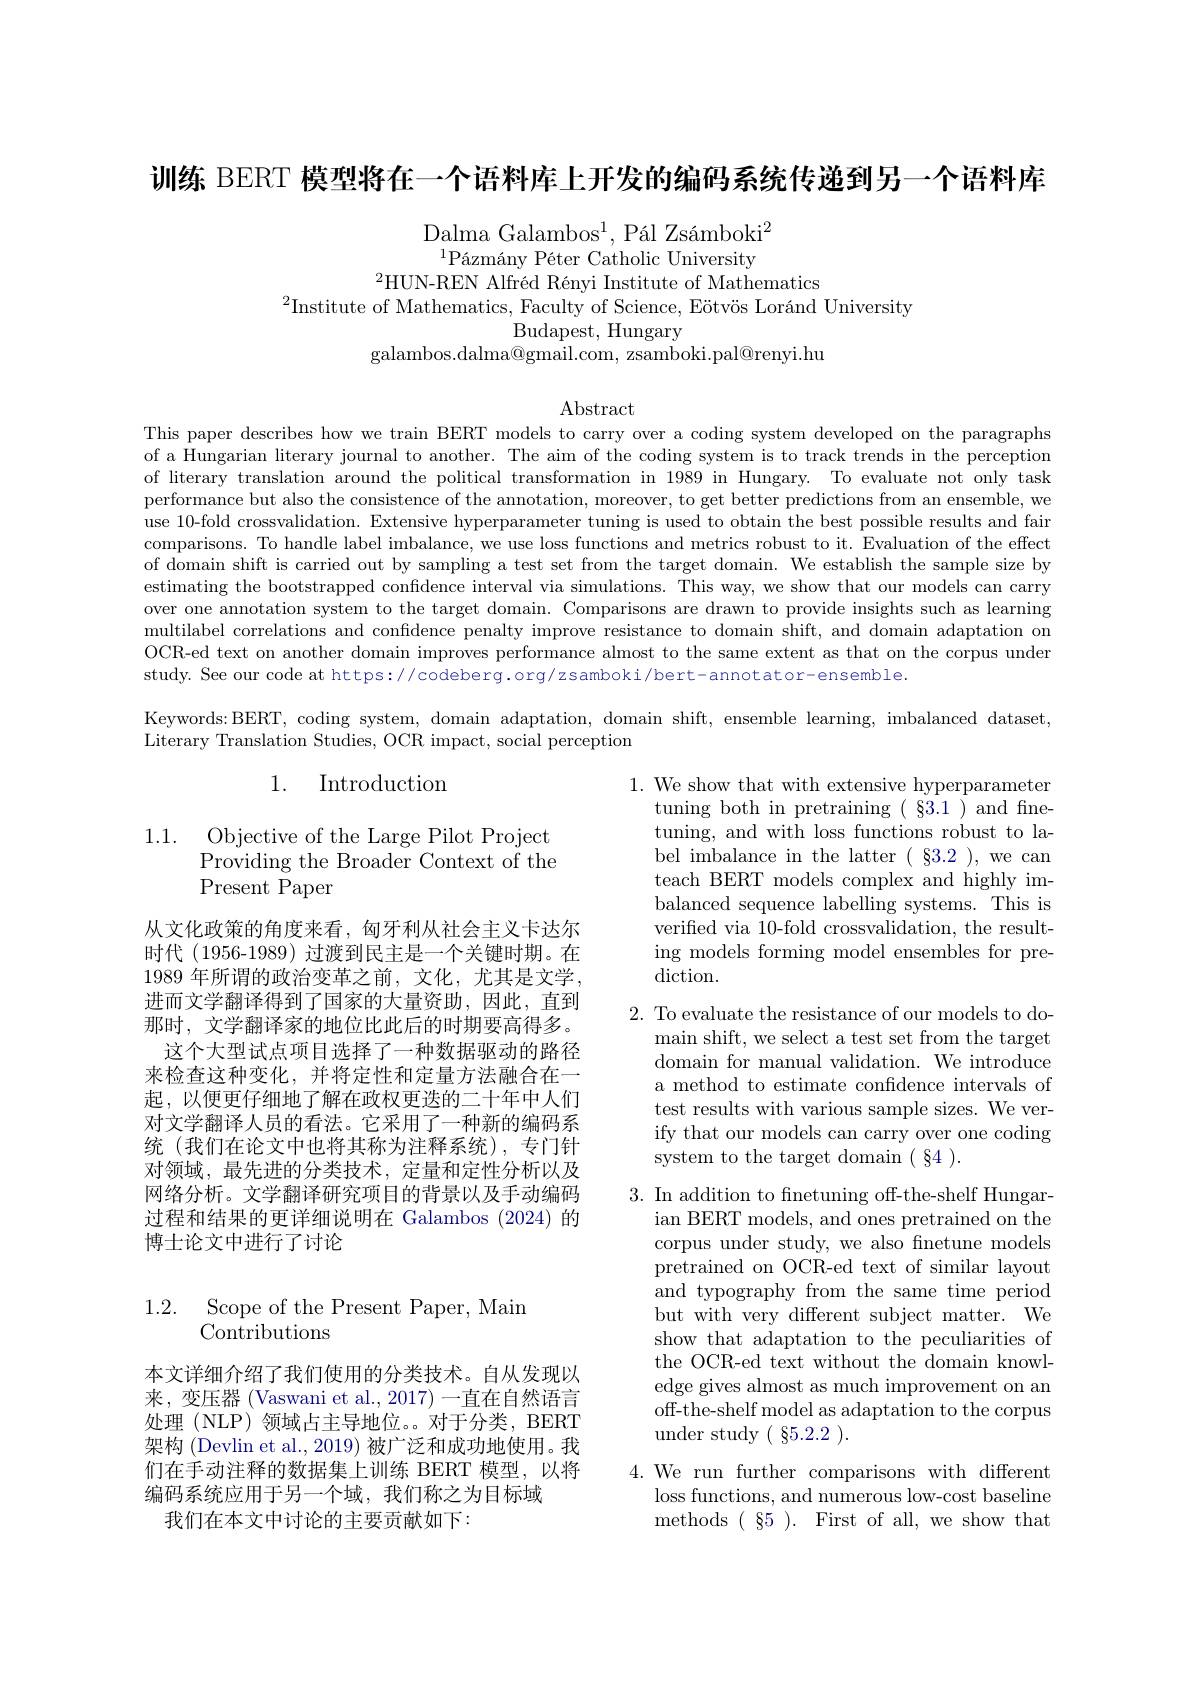
训练 BERT 模型将在一个语料库上开发的编码系统传递到另一个语料库

Dalma Galambo$s^{1}$, P$\' {a}$l Zs$\' {a}$mbok$i^{2}$ $^{1}\text{P\'{a} zm\'{a} ny P\'{e} ter Catholic University}$
$^{2}$HUN-REN Alfréd Rényi Institute of Mathematics

$^{2}$Institute of Mathematics, Faculty of Science, Eötvös Loránd University
Budapest, Hungary
galambos.dalma@gmail.com, zsamboki.pal@renyi.hu

$\operatorname{Abstract}$

This paper describes how we train BERT models to carry over a coding system developed on the paragraphs of a Hungarian literary journal to another. The aim of the coding system is to track trends in the perception of literary translation around the political transformation in 1989 in Hungary. To evaluate not only task performance but also the consistence of the annotation, moreover, to get better predictions from an ensemble, we use 10-fold crossvalidation. Extensive hyperparameter tuning is used to obtain the best possible results and fair comparisons. To handle label imbalance, we use loss functions and metrics robust to it. Evaluation of the effect of domain shift is carried out by sampling a test set from the target domain. We establish the sample size by estimating the bootstrapped confidence interval via simulations. This way, we show that our models can carry over one annotation system to the target domain. Comparisons are drawn to provide insights such as learning multilabel correlations and confidence penalty improve resistance to domain shift, and domain adaptation on OCR-ed text on another domain improves performance almost to the same extent as that on the corpus under study. See our code at https://codeberg.org/zsamboki/bert-annotator-ensemble.
Keywords: BERT, coding system, domain adaptation, domain shift, ensemble learning, imbalanced dataset,

Literary Translation Studies, OCR impact, social perception

## 1. Introduction

1.1.

Objective of the Large Pilot Project Providing the Broader Context of the Present Paper

1. We show that with extensive hyperparameter
tuning both in pretraining ( §3.1 ) and finetuning, and with loss functions robust to label imbalance in the latter ( §3.2 ), we can teach BERT models complex and highly imbalanced sequence labelling systems. This is verified via 10-fold crossvalidation, the resulting models forming model ensembles for prediction.

从文化政策的角度来看，匈牙利从社会主义卡达尔时代 (1956-1989) 过渡到民主是一个关键时期。在1989 年所谓的政治变革之前，文化，尤其是文学， 进而文学翻译得到了国家的大量资助，因此，直到那时，文学翻译家的地位比此后的时期要高得多。这个大型试点项目选择了一种数据驱动的路径来检查这种变化，并将定性和定量方法融合在一起，以便更仔细地了解在政权更迭的二十年中人们对文学翻译人员的看法。它采用了一种新的编码系统(我们在论文中也将其称为注释系统),专门针对领域，最先进的分类技术，定量和定性分析以及网络分析。文学翻译研究项目的背景以及手动编码过程和结果的更详细说明在 Galambos (2024)的博士论文中进行了讨论

2. To evaluate the resistance of our models to do-
main shift, we select a test set from the target domain for manual validation. We introduce a method to estimate confidence intervals of test results with various sample sizes. We verify that our models can carry over one coding system to the target domain ( §4 ).

3. In addition to fnetuning off-the-shelf Hungar-
ian BERT models, and ones pretrained on the corpus under study, we also fnetune models pretrained on OCR-ed text of similar layout and typography from the same time period but with very different subject matter. We show that adaptation to the peculiarities of the OCR-ed text without the domain knowledge gives almost as much improvement on an off-the-shelf model as adaptation to the corpus under study ( §5.2.2 ).

1.2. Scope of the Present Paper, Main
Contributions

本文详细介绍了我们使用的分类技术。自从发现以来，变压器 (Vaswani et al., 2017) 一直在自然语言处理(NLP)领域占主导地位。对于分类，BERT 架构 (Devlin et al., 2019) 被广泛和成功地使用。我们在手动注释的数据集上训练 BERT 模型，以将编码系统应用于另一个域，我们称之为目标域
我们在本文中讨论的主要贡献如下：

4. We run further comparisons with different
loss functions, and numerous low-cost baseline ${\mathrm{methods~(~85~).~First~of~all,~we~show~that}}$